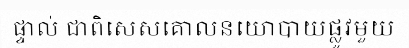
ផ្ទាល់ ជាពិសេសគោលនយោបាយផ្លូវមួយ